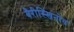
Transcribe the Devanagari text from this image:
बैरीस्खिनोव